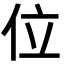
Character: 位